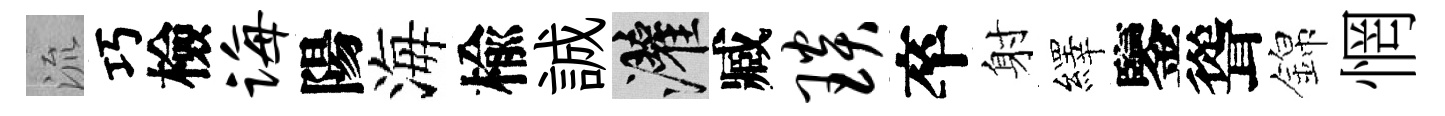
流巧檢诲陽海楡誠灌臧琰卒射繹鑒聳錦惘